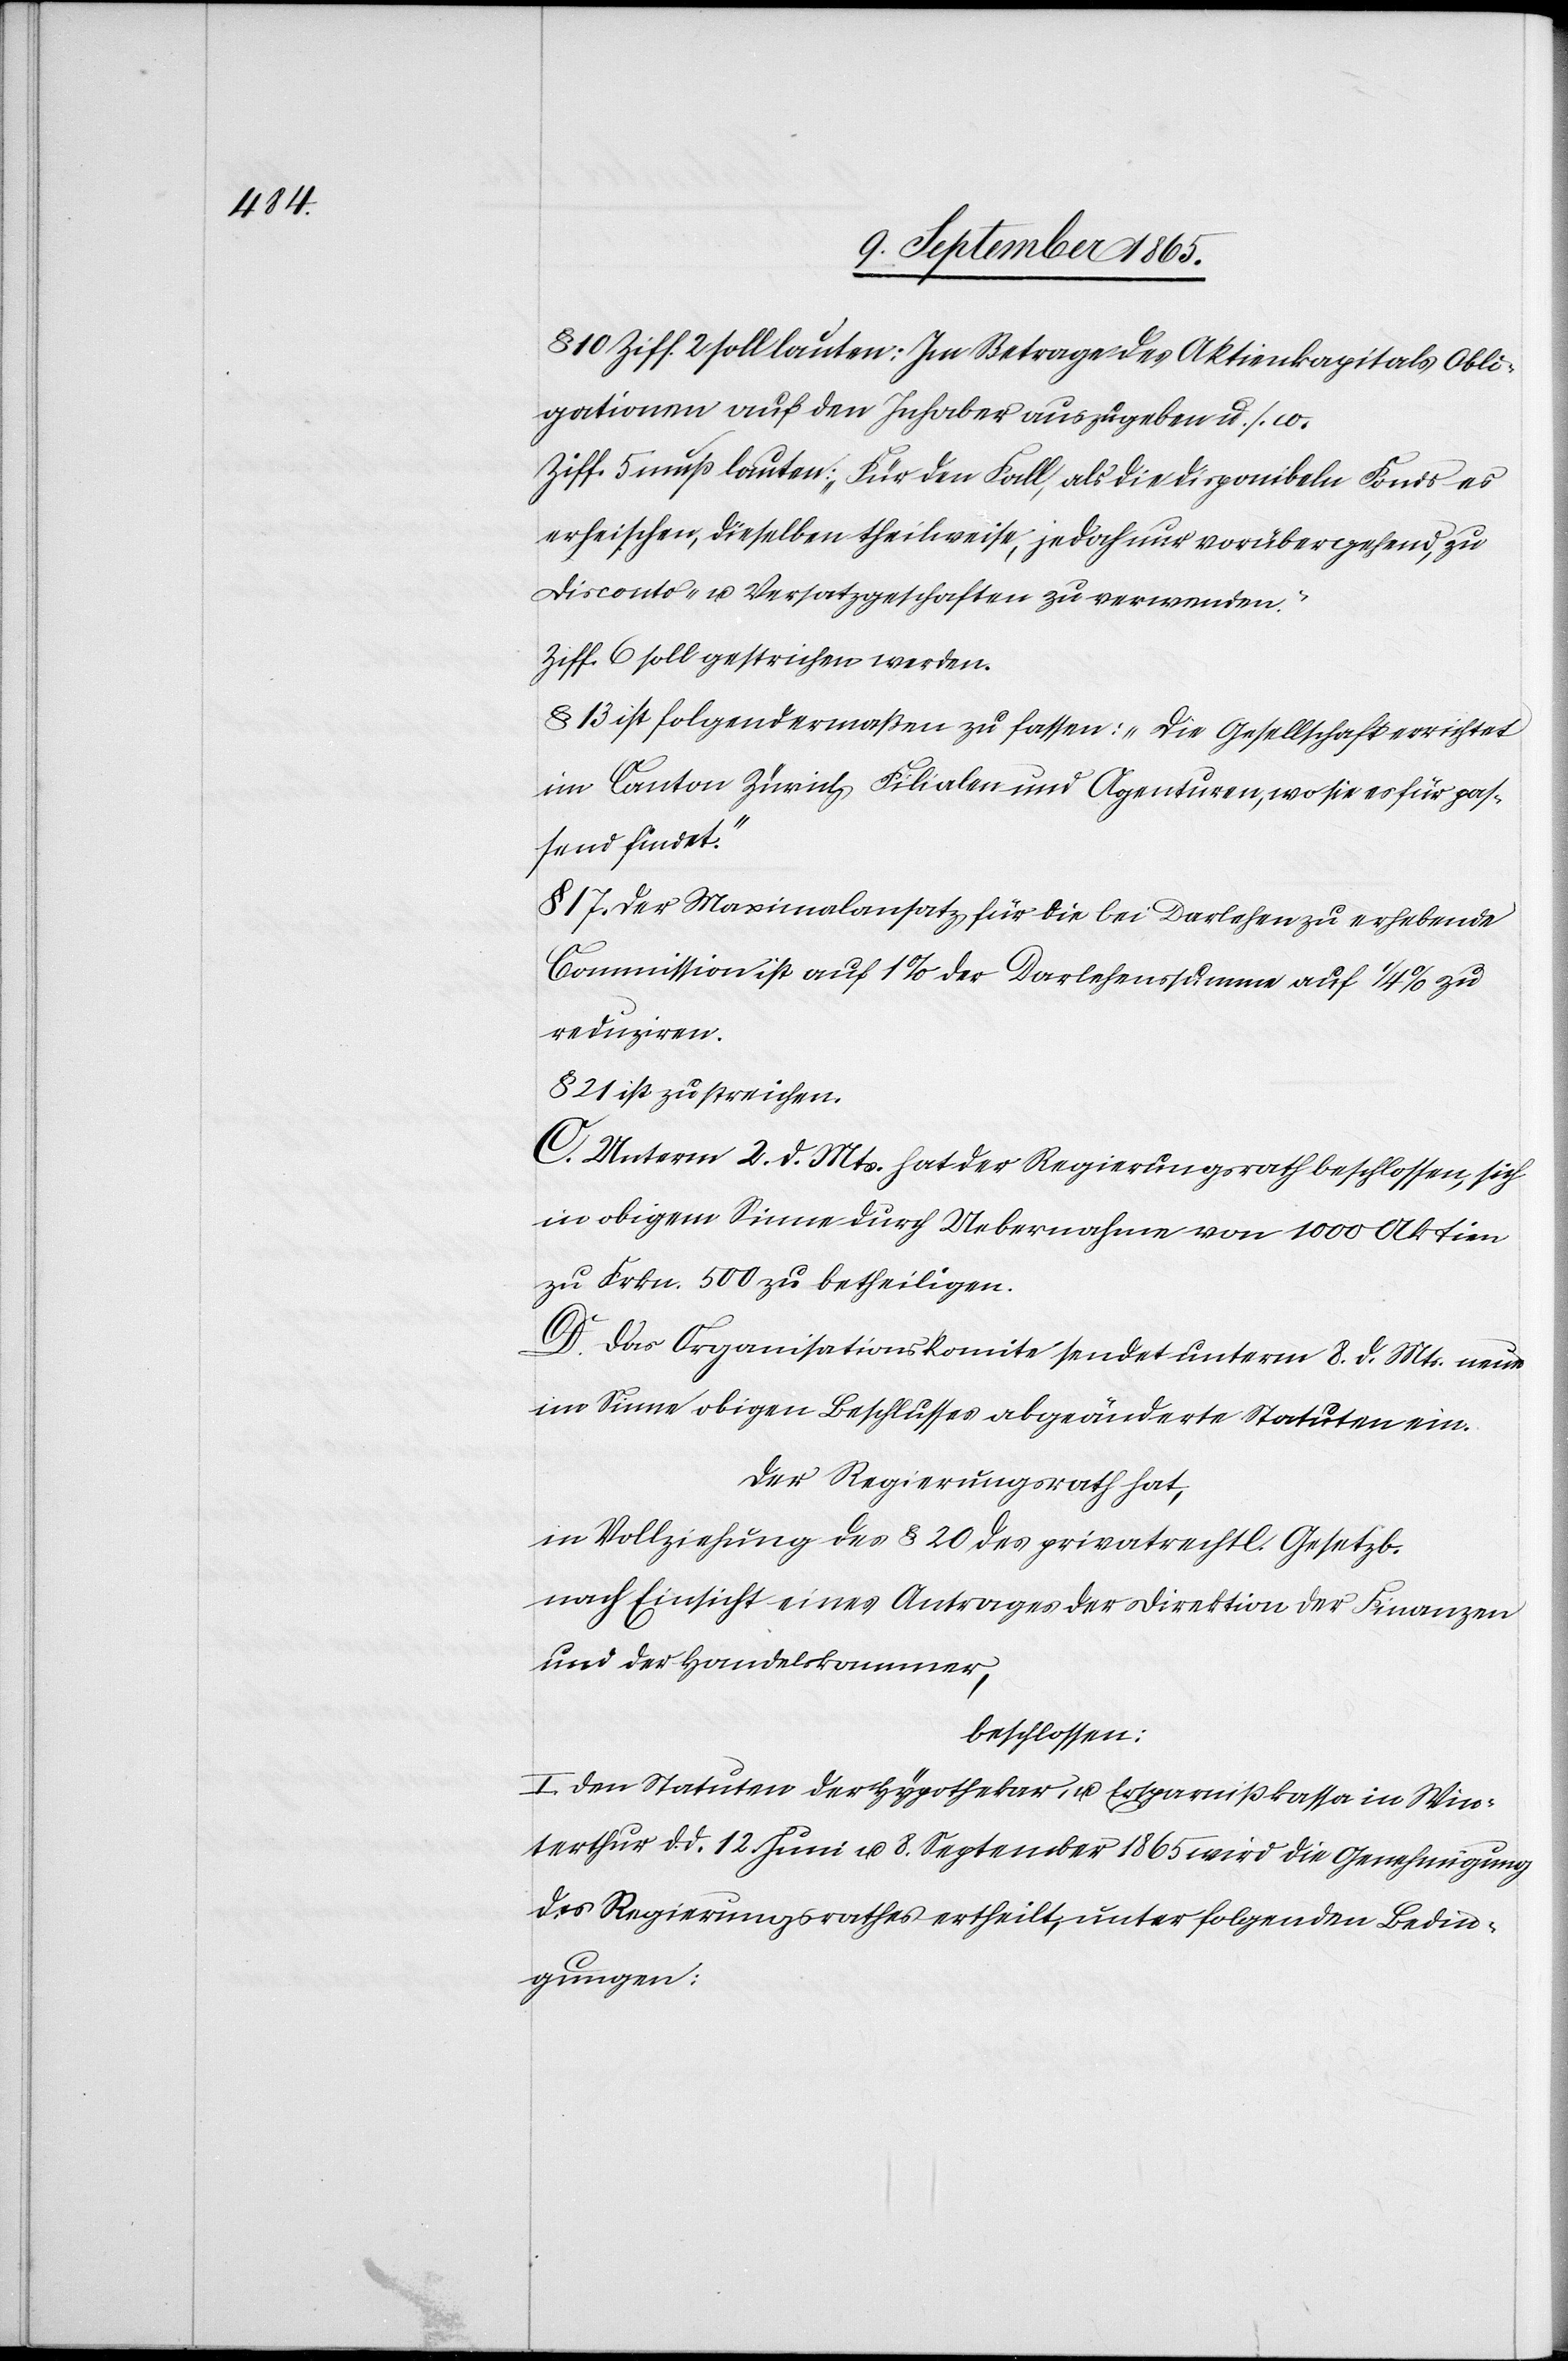
10 Ziff. 2 soll lauten: Im Betrage des Aktienkapitals Obli¬
gationen auf den Inhaber auszugeben u. s. w.
Ziff. 5 muß lauten: „Für den Fall, als die disponibeln Fonds es
erheischen, dieselben theilweise, jedoch nur vorübergehend, zu
Disconto- u. Versatzgeschaften zu verwenden.“
Ziff. 6 soll gestrichen werden.
§ 13 ist folgendermaßen zu fassen: „Die Gesellschaft errichtet
im Canton Zürich Filialen und Agenturen, wo sie es für pas¬
send findet.“
17. Der Maximalansatz für die bei Darlehen zu erhebende
Commission auf 1 % der Darlehenssumme auf ¼ % zu
reduziren.
§ 21 ist zu streichen.
C. Unterm 2. d. Mts. hat der Regierungsrath beschlossen, sich
in obigem Sinne durch Uebernahme von 1000 Aktien
zu Frkn. 500 zu betheiligen.
D. Das Organisationskomite sendet unterm 8. d. Mts. neue
im Sinne obigen Beschlusses abgeänderte Statuten ein.
Der Regierungsrath hat,
in Vollziehung des § 20 des privatrechtl. Gesetzb.
nach Einsicht eines Antrages der Direktion der Finanzen
und der Handelskammer,,
beschlossen:
I. Den Statuten der Hypothekar- u. Ersparnißkassa in Win¬
terthur d. d. 12. Juni u. 8. September 1865 wird die Genehmigung
des Regierungsrathes ertheilt, unter folgenden Bedin¬
gungen: